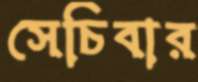
সেচিবার